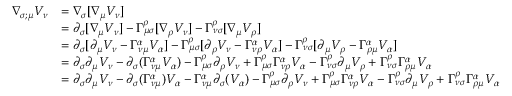
{ \begin{array} { r l } { \nabla _ { \sigma ; \mu } V _ { \nu } } & { = \nabla _ { \sigma } [ \nabla _ { \mu } V _ { \nu } ] } \\ & { = \partial _ { \sigma } [ \nabla _ { \mu } V _ { \nu } ] - \Gamma ^ { \rho } _ { \mu \sigma } [ \nabla _ { \rho } V _ { \nu } ] - \Gamma ^ { \rho } _ { \nu \sigma } [ \nabla _ { \mu } V _ { \rho } ] } \\ & { = \partial _ { \sigma } [ \partial _ { \mu } V _ { \nu } - \Gamma ^ { \alpha } _ { \nu \mu } V _ { \alpha } ] - \Gamma ^ { \rho } _ { \mu \sigma } [ \partial _ { \rho } V _ { \nu } - \Gamma ^ { \alpha } _ { \nu \rho } V _ { \alpha } ] - \Gamma ^ { \rho } _ { \nu \sigma } [ \partial _ { \mu } V _ { \rho } - \Gamma ^ { \alpha } _ { \rho \mu } V _ { \alpha } ] } \\ & { = \partial _ { \sigma } \partial _ { \mu } V _ { \nu } - \partial _ { \sigma } ( \Gamma ^ { \alpha } _ { \nu \mu } V _ { \alpha } ) - \Gamma ^ { \rho } _ { \mu \sigma } \partial _ { \rho } V _ { \nu } + \Gamma ^ { \rho } _ { \mu \sigma } \Gamma ^ { \alpha } _ { \nu \rho } V _ { \alpha } - \Gamma ^ { \rho } _ { \nu \sigma } \partial _ { \mu } V _ { \rho } + \Gamma ^ { \rho } _ { \nu \sigma } \Gamma ^ { \alpha } _ { \rho \mu } V _ { \alpha } } \\ & { = \partial _ { \sigma } \partial _ { \mu } V _ { \nu } - \partial _ { \sigma } ( \Gamma ^ { \alpha } _ { \nu \mu } ) V _ { \alpha } - \Gamma ^ { \alpha } _ { \nu \mu } \partial _ { \sigma } ( V _ { \alpha } ) - \Gamma ^ { \rho } _ { \mu \sigma } \partial _ { \rho } V _ { \nu } + \Gamma ^ { \rho } _ { \mu \sigma } \Gamma ^ { \alpha } _ { \nu \rho } V _ { \alpha } - \Gamma ^ { \rho } _ { \nu \sigma } \partial _ { \mu } V _ { \rho } + \Gamma ^ { \rho } _ { \nu \sigma } \Gamma ^ { \alpha } _ { \rho \mu } V _ { \alpha } } \end{array} }